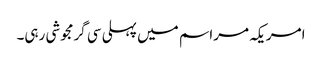
امریکہ مراسم میں پہلی سی گرمجوشی رہی۔